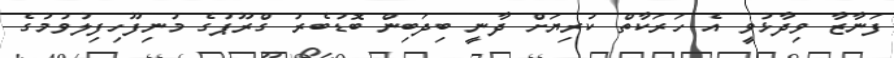
ފަނާޒާ ވިދާޅުވީ އެ ހަރަކާތް ކުރިޔަށް ދާނީ ބިދަބިން ބޮޑުބެރު ގްރޫޕުގެ މުނިފޫހިފިލުވުމުގެ